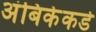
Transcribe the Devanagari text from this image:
अंबिकेकडे